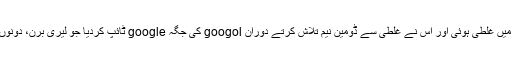
شون سے سننے میں غلطی ہوئی اور اس نے غلطی سے ڈومین نیم تلاش کرتے دوران googol کی جگہ google ٹائپ کردیا جو لیری برن، دونوں کو بہت پسند آیا۔